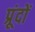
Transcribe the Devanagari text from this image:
प्रूंदों